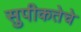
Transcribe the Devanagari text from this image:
सुपीकतेचे